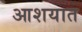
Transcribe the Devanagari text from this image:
आशयात